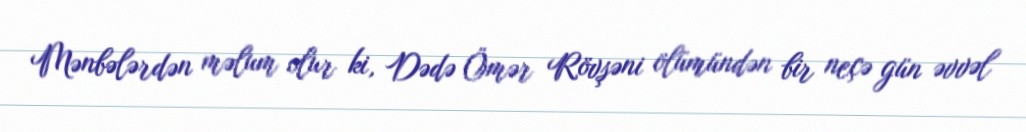
Mənbələrdən məlum olur ki, Dədə Ömər Rövşəni ölümündən bir neçə gün əvvəl